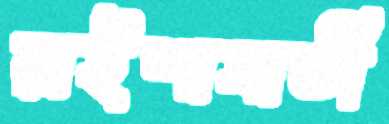
রাইশাঘাতী